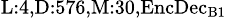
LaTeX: _{\textrm{L}:4,\textrm{D}:576,\textrm{M}:30,\textrm{EncDec}_{\textrm{B}1}}